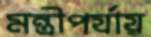
মন্ত্রীপর্যায়